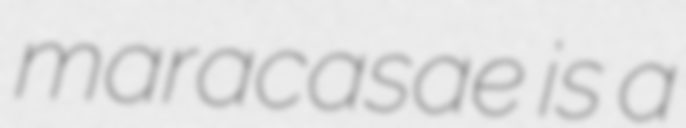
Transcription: maracasae is a